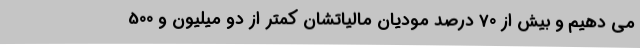
می دهیم و بیش از 70 درصد مودیان مالیاتشان کمتر از دو میلیون و 500